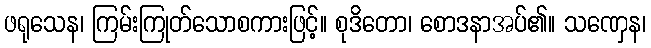
ဖရုသေန၊ ကြမ်းကြုတ်သောစကားဖြင့်။ စုဒိတော၊ စောဒနာအပ်၏။ သဏှေန၊